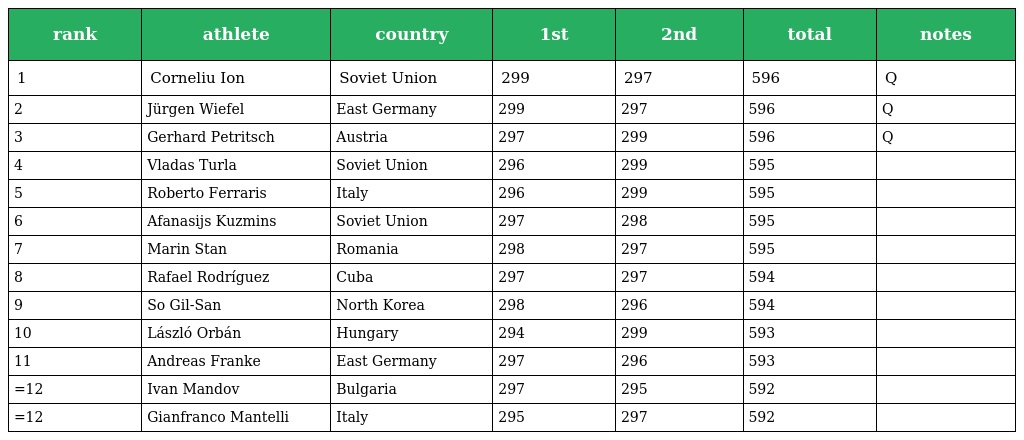
| rank | athlete | country | 1st | 2nd | total | notes |
 | --- | --- | --- | --- | --- | --- | --- |
 | 1 | Corneliu Ion | Soviet Union | 299 | 297 | 596 | Q |
 | 2 | Jürgen Wiefel | East Germany | 299 | 297 | 596 | Q |
 | 3 | Gerhard Petritsch | Austria | 297 | 299 | 596 | Q |
 | 4 | Vladas Turla | Soviet Union | 296 | 299 | 595 |  |
 | 5 | Roberto Ferraris | Italy | 296 | 299 | 595 |  |
 | 6 | Afanasijs Kuzmins | Soviet Union | 297 | 298 | 595 |  |
 | 7 | Marin Stan | Romania | 298 | 297 | 595 |  |
 | 8 | Rafael Rodríguez | Cuba | 297 | 297 | 594 |  |
 | 9 | So Gil-San | North Korea | 298 | 296 | 594 |  |
 | 10 | László Orbán | Hungary | 294 | 299 | 593 |  |
 | 11 | Andreas Franke | East Germany | 297 | 296 | 593 |  |
 | =12 | Ivan Mandov | Bulgaria | 297 | 295 | 592 |  |
 | =12 | Gianfranco Mantelli | Italy | 295 | 297 | 592 |  |